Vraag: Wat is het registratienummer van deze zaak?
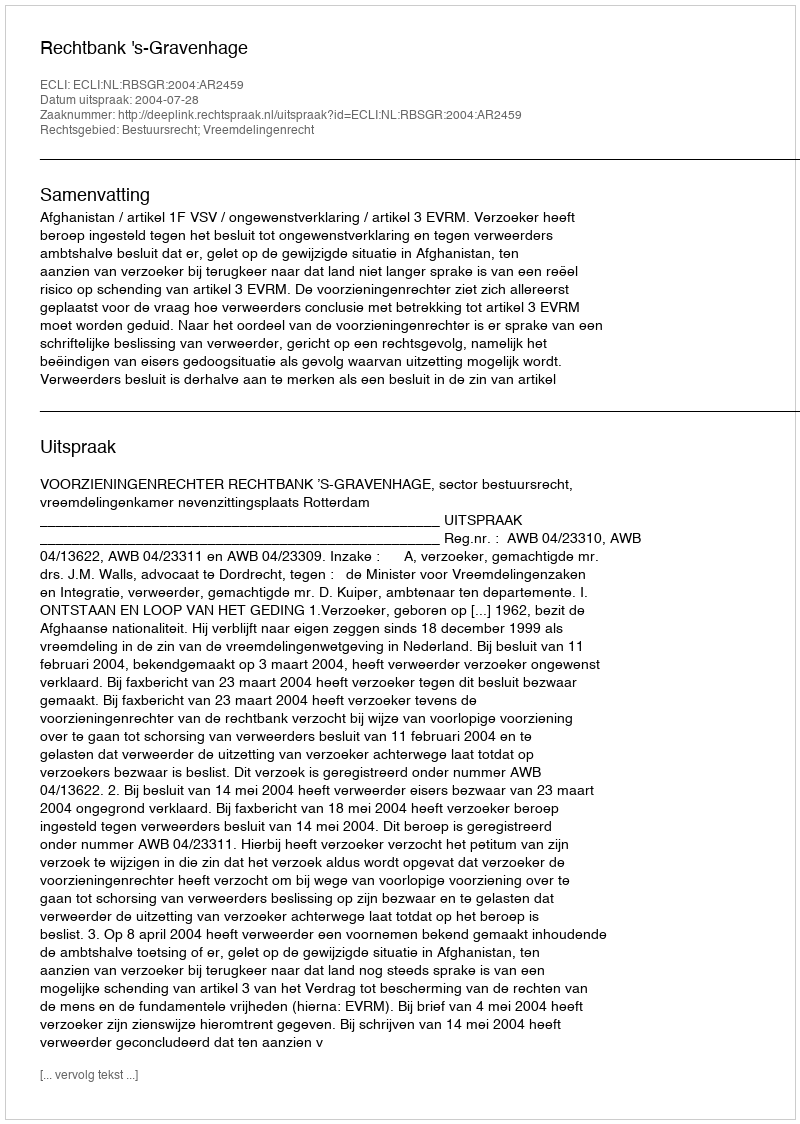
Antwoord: http://deeplink.rechtspraak.nl/uitspraak?id=ECLI:NL:RBSGR:2004:AR2459